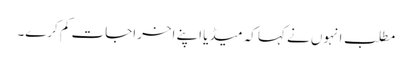
مطلب انہوں نے کہا کہ میڈیا اپنے اخراجات کم کرے۔